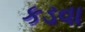
કડવા